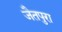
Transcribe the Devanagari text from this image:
जैतपुरा